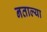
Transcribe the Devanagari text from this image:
नताल्या